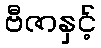
ဗီဇာနှင့်